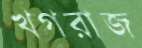
খগরাজ